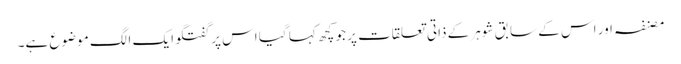
مصنفہ اور اس کے سابق شوہر کے ذاتی تعلقات پر جو کچھ کہا گیا اس پر گفتگو ایک الگ موضوع ہے۔